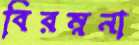
বিরম্ননা